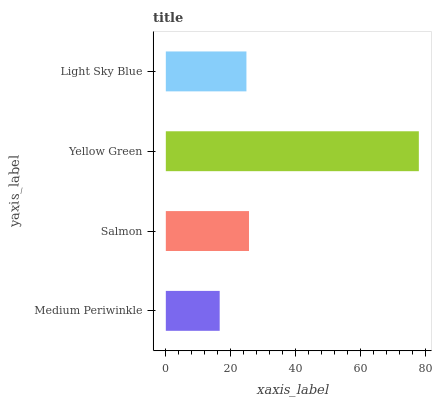
| yaxis_label | bars |
 | --- | --- |
 | Medium Periwinkle | 16.6 |
 | Salmon | 25.6 |
 | Yellow Green | 77.9 |
 | Light Sky Blue | 24.8 |